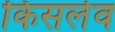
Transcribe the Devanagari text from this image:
किसलेव